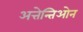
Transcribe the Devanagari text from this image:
अत्तेन्तिओन